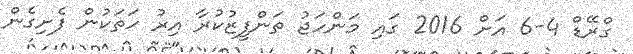
ގްރޭޑް 4-6 އަށް 2016 ގައި މަންހަޖު ތަންފީޒުކުރާ އިރު ހަތަކުން ފެށިގެން